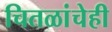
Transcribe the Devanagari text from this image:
चितळांचेही